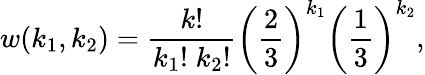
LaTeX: w(k_{1},k_{2})=\frac{k!}{k_{1}!\; k_{2}!}\left(\frac{2}{3}\right)^{k_{1}}\left(\frac{1}{3}\right)^{k_{2}},